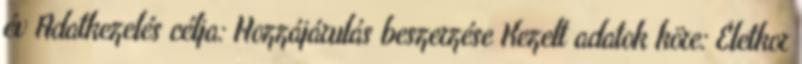
év Adatkezelés célja: Hozzájárulás beszerzése Kezelt adatok köre: Életkor